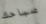
صباحك